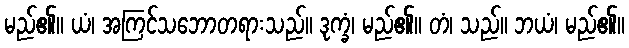
မည်၏။ ယံ၊ အကြင်သဘောတရားသည်။ ဒုက္ခံ၊ မည်၏။ တံ၊ သည်။ ဘယံ၊ မည်၏။